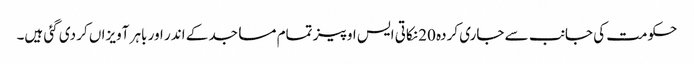
حکومت کی جانب سے جاری کردہ 20 نکاتی ایس او پیز تمام مساجد کے اندر اور باہر آویزاں کر دی گئی ہیں۔